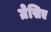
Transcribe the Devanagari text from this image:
ग्रेसिए